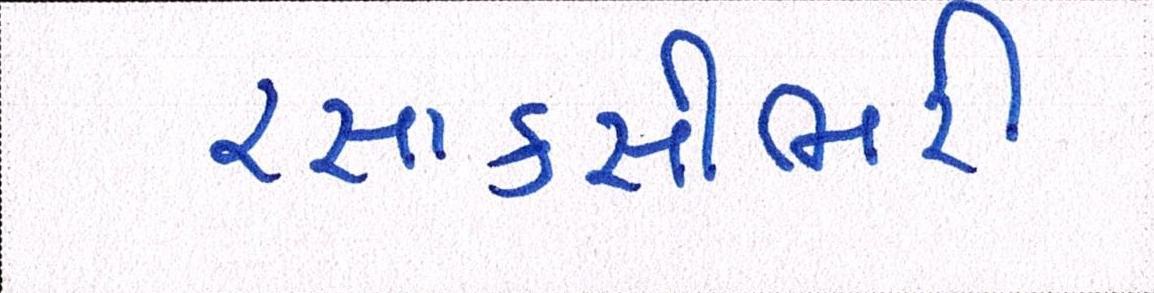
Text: રસાકસીભરી